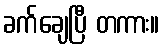
ခက်ချေပြီ တကား။